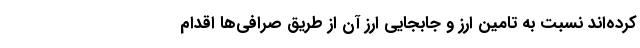
کرده‌اند نسبت به تامین ارز و جابجایی ارز آن از طریق صرافی‌ها اقدام